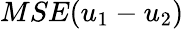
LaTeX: MSE(u_{1}-u_{2})